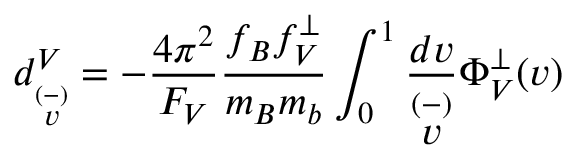
d _ { \stackrel { ( - ) } { v } } ^ { V } = - \frac { 4 \pi ^ { 2 } } { F _ { V } } \frac { f _ { B } f _ { V } ^ { \perp } } { m _ { B } m _ { b } } \int _ { 0 } ^ { 1 } \frac { d v } { \stackrel { ( - ) } { v } } \Phi _ { V } ^ { \perp } ( v )